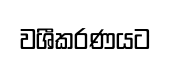
වශීකරණයට